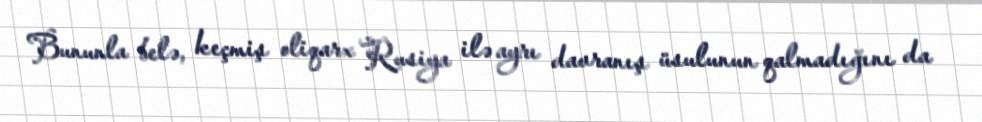
Bununla belə, keçmiş oliqarx Rusiya ilə ayrı davranış üsulunun qalmadığını da